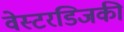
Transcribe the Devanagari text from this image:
वेस्टरडिजकी